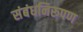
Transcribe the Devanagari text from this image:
संबंधनिरूपण